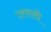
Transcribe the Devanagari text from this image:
उत्तरली